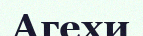
Агехи